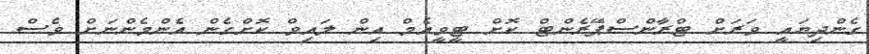
ގެންދިޔައީ ވަަރަށް ޓްރާންސްޕޭރެންޓް ކޮށް ޓީވީއެމް އިން ލައިވް ކޮށްގެން އެންމެންނަށް ވެސް